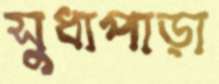
সুধাপাড়া